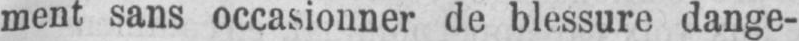
ment sans occasionner de blessure dange-